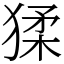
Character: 猱